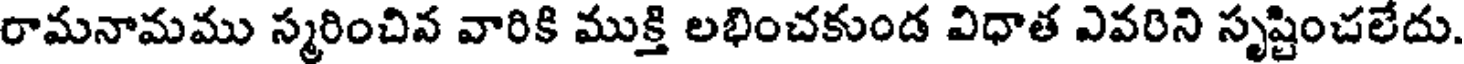
రామనామము స్మరించివ వారికి ముక్తి లభించకుండ విధాత ఎవరిని సృష్టించలేదు.